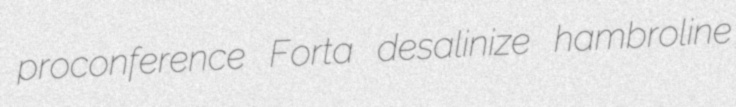
proconference Forta desalinize hambroline